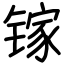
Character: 镓